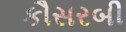
કૌસરબી